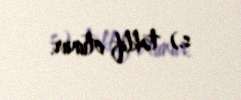
s.) təklif olunur.